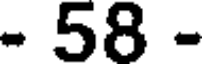
- 58 -